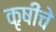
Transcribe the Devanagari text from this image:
कृषींचे